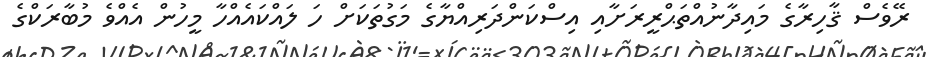
ރޭވެސް ޤާހިރާގެ މައިދާނުއްތަޙްރީރަށާއި އިސްކަންދަރިއްޔާގެ މަގުތަކަށް ހަ ލައްކައެއްހާ މީހުން އެއްވެ މުބާރަކްގެ